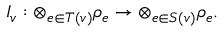
I _ { v } : \otimes _ { e \in T ( v ) } \rho _ { e } \to \otimes _ { e \in S ( v ) } \rho _ { e } .